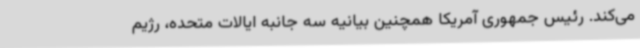
می‌کند. رئیس جمهوری آمریکا همچنین بیانیه سه جانبه ایالات متحده، رژیم